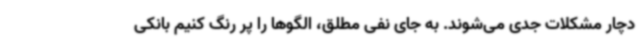
دچار مشکلات جدی می‌شوند. به جای نفی مطلق، الگوها را پر رنگ کنیم بانکی